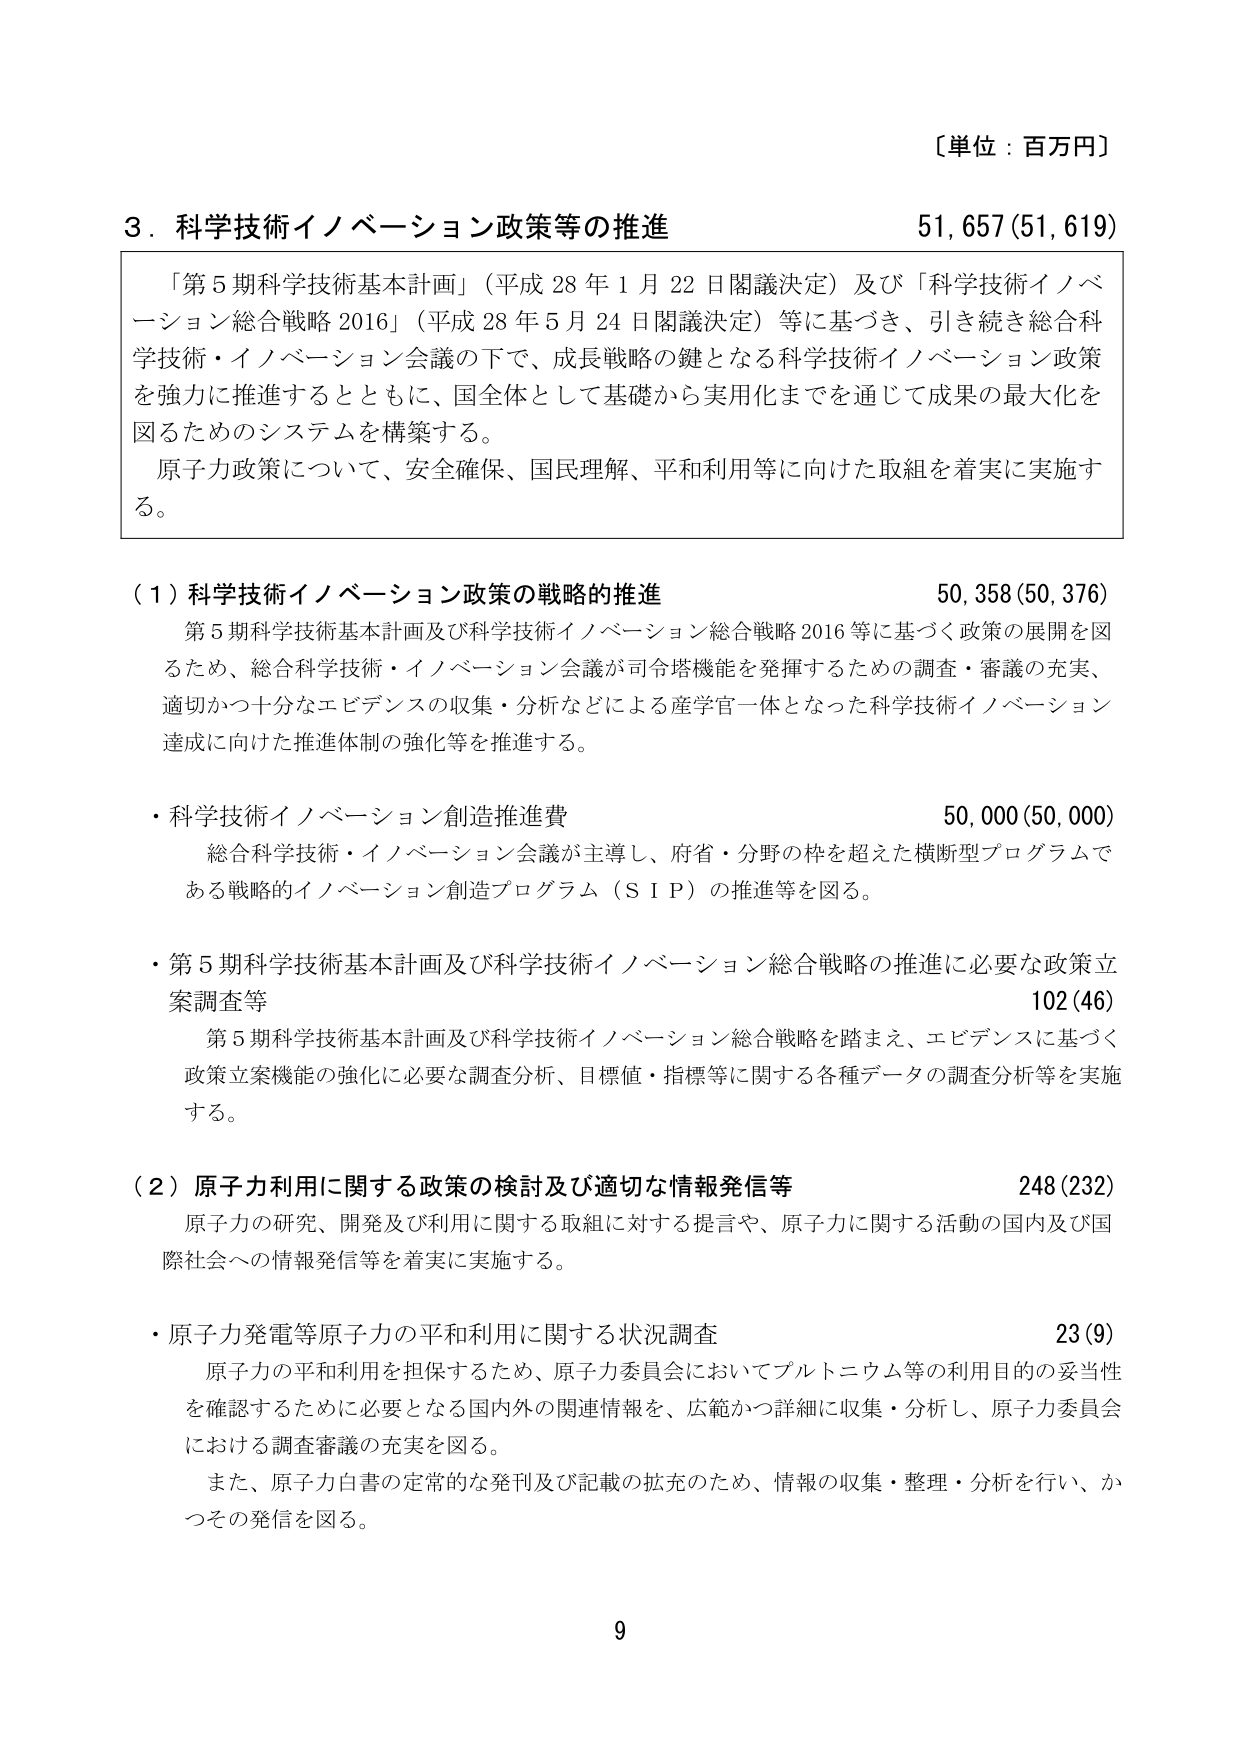
〔単位：百万円〕

3．科学技術イノベーション政策等の推進　51,657(51,619)

「第5期科学技術基本計画」（平成28年1月22日閣議決定）及び「科学技術イノベーション総合戦略2016」（平成28年5月24日閣議決定）等に基づき、引き続き総合科学技術・イノベーション会議の下で、成長戦略の鍵となる科学技術イノベーション政策を強力に推進するとともに、国全体として基礎から実用化までを通じて成果の最大化を図るためのシステムを構築する。
原子力政策について、安全確保、国民理解、平和利用等に向けた取組を着実に実施する。

（1）科学技術イノベーション政策の戦略的推進　50,358(50,376)
第5期科学技術基本計画及び科学技術イノベーション総合戦略2016等に基づく政策の展開を図るため、総合科学技術・イノベーション会議が司令塔機能を発揮するための調査・審議の充実、適切かつ十分なエビデンスの収集・分析などによる産学官一体となった科学技術イノベーション達成に向けた推進体制の強化等を推進する。

・科学技術イノベーション創造推進費　50,000(50,000)
総合科学技術・イノベーション会議が主導し、府省・分野の枠を超えた横断型プログラムである戦略的イノベーション創造プログラム（SIP）の推進等を図る。

・第5期科学技術基本計画及び科学技術イノベーション総合戦略の推進に必要な政策立案調査等　102(46)
第5期科学技術基本計画及び科学技術イノベーション総合戦略を踏まえ、エビデンスに基づく政策立案機能の強化に必要な調査分析、目標値・指標等に関する各種データの調査分析等を実施する。

（2）原子力利用に関する政策の検討及び適切な情報発信等　248(232)
原子力の研究、開発及び利用に関する取組に対する提言や、原子力に関する活動の国内及び国際社会への情報発信等を着実に実施する。

・原子力発電等原子力の平和利用に関する状況調査　23(9)
原子力の平和利用を担保するため、原子力委員会においてプルトニウム等の利用目的の妥当性を確認するために必要となる国内外の関連情報を、広範かつ詳細に収集・分析し、原子力委員会における調査審議の充実を図る。
また、原子力白書の定常的な発刊及び記載の拡充のため、情報の収集・整理・分析を行い、かつの発信を図る。

9